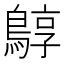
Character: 𪂎